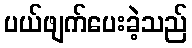
ပယ်ဖျက်ပေးခဲ့သည်